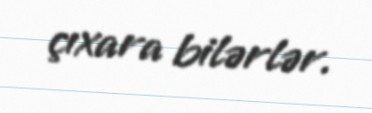
çıxara bilərlər.